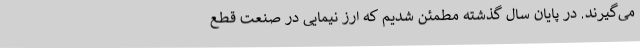
می‌گیرند. در پایان سال گذشته مطمئن شدیم که ارز نیمایی در صنعت قطع